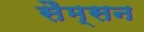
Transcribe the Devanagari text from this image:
सैम्सन